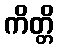
ကိတ္တိ